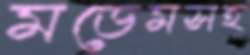
মডেমসহ